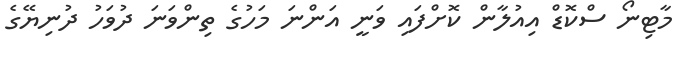
މާޓިނޯ ސްކޮޑް އިއުލާން ކޮށްފައި ވަނީ އަންނަ މަހުގެ ތިންވަނަ ދުވަަހު ދުނިޔޭގެ